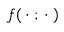
f ( { } \cdot { } ; { } \cdot { } )